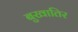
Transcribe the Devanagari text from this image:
बुखातिर